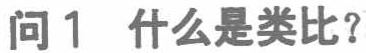
问1 什么是类比？